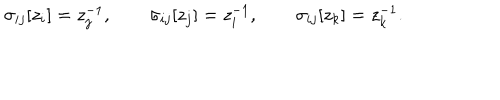
\sigma _ { i j } [ z _ { i } ] = z _ { j } ^ { - 1 } , \qquad \sigma _ { i j } [ z _ { j } ] = z _ { i } ^ { - 1 } , \qquad \sigma _ { i j } [ z _ { k } ] = z _ { k } ^ { - 1 } .